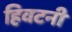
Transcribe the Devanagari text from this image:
हिवटनी